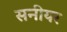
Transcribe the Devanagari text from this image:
सनीयर